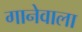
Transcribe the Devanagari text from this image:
गानेवाला